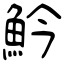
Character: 䰼